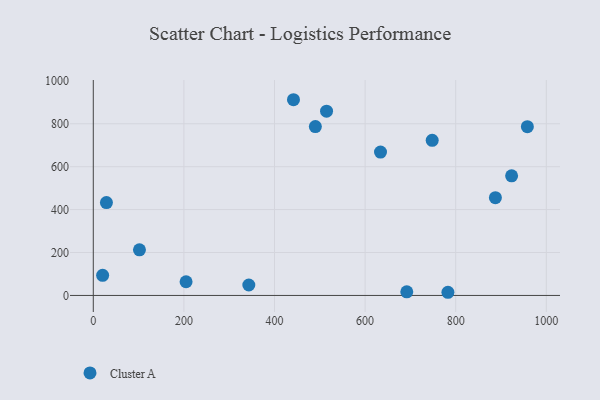
{"axis": {"x": "Distance", "y": "Demand"}, "legend": ["Cluster A"], "data": [{"x": "343.3", "y": 48.8, "type": "Cluster A"}, {"x": "204.8", "y": 63.8, "type": "Cluster A"}, {"x": "692.0", "y": 16.7, "type": "Cluster A"}, {"x": "748.1", "y": 723.0, "type": "Cluster A"}, {"x": "29.0", "y": 433.0, "type": "Cluster A"}, {"x": "20.6", "y": 93.9, "type": "Cluster A"}, {"x": "958.2", "y": 786.5, "type": "Cluster A"}, {"x": "887.6", "y": 455.6, "type": "Cluster A"}, {"x": "514.9", "y": 858.7, "type": "Cluster A"}, {"x": "101.9", "y": 212.4, "type": "Cluster A"}, {"x": "923.4", "y": 557.4, "type": "Cluster A"}, {"x": "634.0", "y": 668.0, "type": "Cluster A"}, {"x": "782.8", "y": 14.8, "type": "Cluster A"}, {"x": "490.2", "y": 787.0, "type": "Cluster A"}, {"x": "441.9", "y": 912.1, "type": "Cluster A"}]}